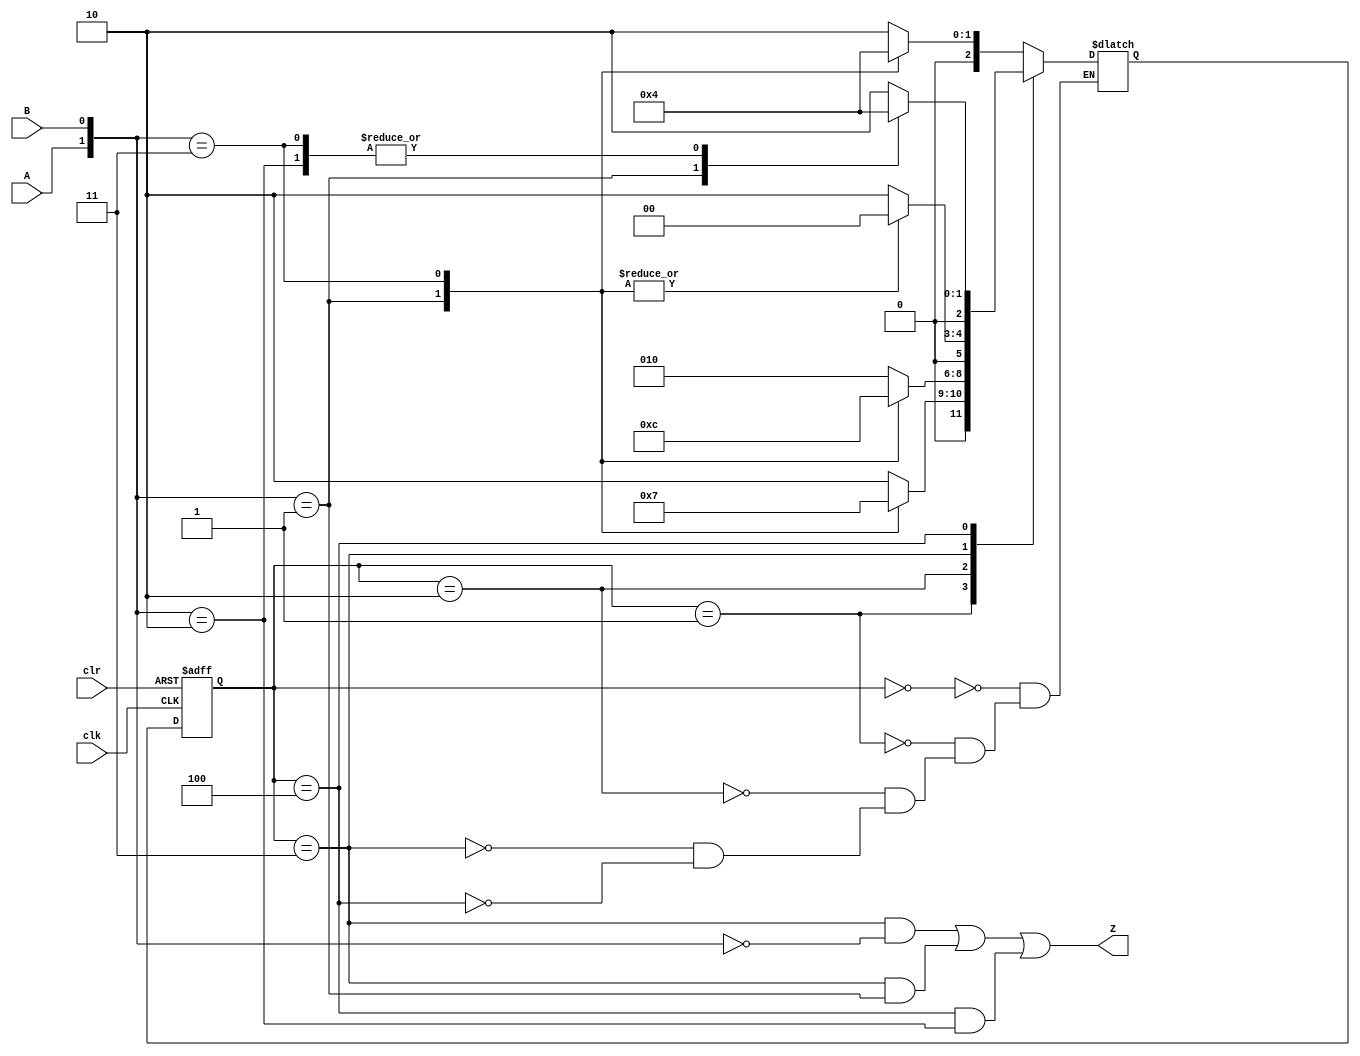
module seq_detect_01110 (
	input           clk         ,
	input           clr         ,//asynchronous low active reset
    input           A           ,//low  input, eg D0
    input           B           ,//high input, eg D1
	output reg      Z            //detect 01001
);
parameter   IDLE        = 3'b000  ,
            S_01        = 3'b001  ,
            S_X0        = 3'b010  ,
            S_0111      = 3'b011  ,
            S_011       = 3'b100  ;
            
reg [2:0]   state_cur, 
            state_next;		// Make sure these are big enough to hold the state_cur encodings.

// Edge-triggered always block (DFFs) for state_cur flip-flops. Asynchronous reset.	
always @(posedge clk or negedge clr) begin
	if (~clr)   state_cur <= IDLE;
	else        state_cur <= state_next;
end

// Combinational always block for state_cur transition logic. Given the current state_cur and inputs,
// what should be state_next state_cur be?
// Combinational always block: Use blocking assignments.
always@(*) begin
	casex (state_cur)
		IDLE    :   case ({A,B})
                    2'b00: state_next = S_X0    ;
                    2'b01: state_next = S_01    ;  
                    2'b10: state_next = S_X0    ;  
                    2'b11: state_next = IDLE    ;
                    endcase
    
		S_01    :   case ({A,B})
                    2'b00: state_next = S_X0    ;                    
                    2'b01: state_next = S_01    ;
                    2'b10: state_next = S_X0    ;
                    2'b11: state_next = S_0111  ;
                    endcase
        S_X0    :   case ({A,B})
                    2'b00: state_next = S_X0    ;
                    2'b01: state_next = S_01    ;
                    2'b10: state_next = S_X0    ;
                    2'b11: state_next = S_011   ; 
                    endcase
        S_0111  :   case ({A,B})
                    2'b00: state_next = S_X0    ;
                    2'b01: state_next = IDLE    ;
                    2'b10: state_next = S_X0    ;
                    2'b11: state_next = IDLE    ;
                    endcase
        S_011   :   case ({A,B})
                    2'b00: state_next = S_X0    ;
                    2'b01: state_next = S_01    ;
                    2'b10: state_next = IDLE    ;
                    2'b11: state_next = IDLE    ;
                    endcase
    endcase
end
/* The following code also works in the situation that input pattern include x.
always@(*) begin
	case (state_cur)
		IDLE    : state_next =  { 3{     ~B} } &  S_X0    |
                                { 3{~A &  B} } &  S_01    |
                                { 3{ A &  B} } &  IDLE    ;
		S_01    : state_next =  { 3{     ~B} } &  S_X0    |
                                { 3{~A &  B} } &  S_01    |
                                { 3{ A &  B} } &  S_0111  ;
		S_X0    : state_next =  { 3{     ~B} } &  S_X0    |
                                { 3{~A &  B} } &  S_01    |
                                { 3{ A &  B} } &  S_011   ;
		S_0111  : state_next =  { 3{     ~B} } &  S_X0    |
                                { 3{~A &  B} } &  IDLE    |
                                { 3{ A &  B} } &  IDLE    ;
		S_011   : state_next =  { 3{~A & ~B} } &  S_X0    |
                                { 3{~A &  B} } &  S_01    |                                
                                { 3{ A & ~B} } &  IDLE    |                                
                                { 3{ A &  B} } &  IDLE    ;                            
		default : state_next =  IDLE ;
	endcase
end
*/
/* The following code does not support x input for a in testbench, so it needs to be changed to the above code
always@(*) begin
	case (state_cur)
		IDLE    : state_next =  { 3{~A & ~B} } &  S_X0    |
                                { 3{~A &  B} } &  S_01    |
                                { 3{ A & ~B} } &  S_X0    |
                                { 3{ A &  B} } &  IDLE    ;
		S_01    : state_next =  { 3{~A & ~B} } &  S_X0    |
                                { 3{~A &  B} } &  S_01    |
                                { 3{ A & ~B} } &  S_X0    |
                                { 3{ A &  B} } &  S_0111  ;
		S_X0    : state_next =  { 3{~A & ~B} } &  S_X0    |
                                { 3{~A &  B} } &  S_01    |
                                { 3{ A & ~B} } &  S_X0    |
                                { 3{ A &  B} } &  S_011   ;
		S_0111  : state_next =  { 3{~A & ~B} } &  S_X0    |
                                { 3{~A &  B} } &  IDLE    |
                                { 3{ A & ~B} } &  S_X0    |
                                { 3{ A &  B} } &  IDLE    ;
		S_011   : state_next =  { 3{~A & ~B} } &  S_X0    |
                                { 3{~A &  B} } &  S_01    |                                
                                { 3{ A & ~B} } &  IDLE    |                                
                                { 3{ A &  B} } &  IDLE    ;                            
		default : state_next = 'x;
	endcase
end
*/
/* The following code is not recommended, but is ok.
always@(*) begin
	case (state_cur)
		IDLE    :   case ({A,B})
                    2'b00: state_next = S_X0    ;
                    2'b01: state_next = S_01    ;  
                    2'b10: state_next = S_X0    ;  
                    2'b11: state_next = IDLE    ;
                    2'bx0: state_next = S_X0    ;//it can be delete , but use casex 
                    endcase
    
		S_01    :   case ({A,B})
                    2'b00: state_next = S_X0    ;                    
                    2'b01: state_next = S_01    ;
                    2'b10: state_next = S_X0    ;
                    2'b11: state_next = S_0111  ;
                    2'bx0: state_next = S_X0    ;//it can be delete , but use casex
                    endcase
        S_X0    :   case ({A,B})
                    2'b00: state_next = S_X0    ;
                    2'b01: state_next = S_01    ;
                    2'b10: state_next = S_X0    ;
                    2'b11: state_next = S_011   ;
                    2'bx0: state_next = S_X0    ;//it can be delete , but use casex 
                    endcase
        S_0111  :   case ({A,B})
                    2'b00: state_next = S_X0    ;
                    2'b01: state_next = IDLE    ;
                    2'b10: state_next = S_X0    ;
                    2'b11: state_next = IDLE    ;
                    2'bx0: state_next = S_X0    ;//it can be delete , but use casex 
                    endcase
        S_011   :   case ({A,B})
                    2'b00: state_next = S_X0    ;
                    2'b01: state_next = S_01    ;
                    2'b10: state_next = IDLE    ;
                    2'b11: state_next = IDLE    ;
                    endcase
    endcase
end
*/
// Combinational output logic. In this problem, a procedural block (combinational always block) 
// is more convenient. Be careful not to create a latch.

always @(*) begin
    Z = state_cur == S_0111 && {A,B} == 2'b00 ||
        state_cur == S_0111 && {A,B} == 2'b01 ||
    //The above code can be replaced with the following code
    //  state_cur == S_0111 &&  A    == 1'b0  ||
        state_cur == S_011  && {A,B} == 2'b10 ;
end
endmodule